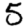
Digit: 5